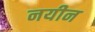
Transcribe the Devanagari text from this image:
नयीन